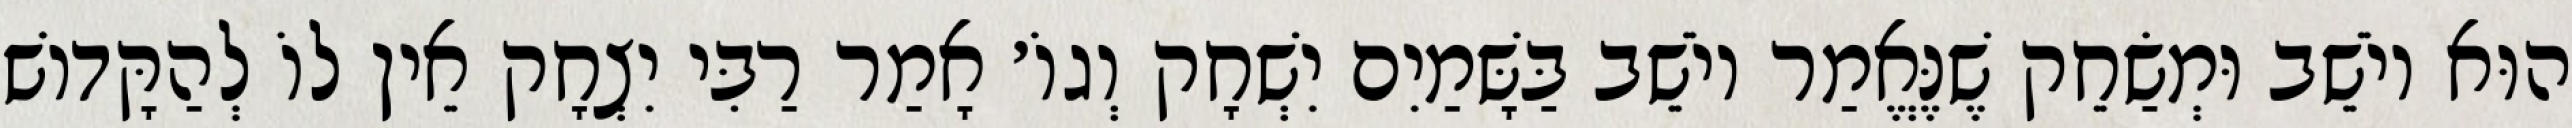
הוּא יוֹשֵׁב וּמְשַׂחֵק שֶׁנֶּאֱמַר יוֹשֵׁב בַּשָּׁמַיִם יִשְׁחָק וְגוֹ׳ אָמַר רַבִּי יִצְחָק אֵין לוֹ לְהַקָּדוֹשׁ